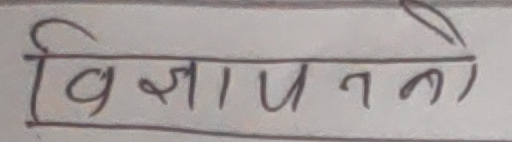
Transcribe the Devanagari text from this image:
विज्ञापनको